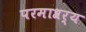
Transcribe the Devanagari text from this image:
परमाश्रर्य